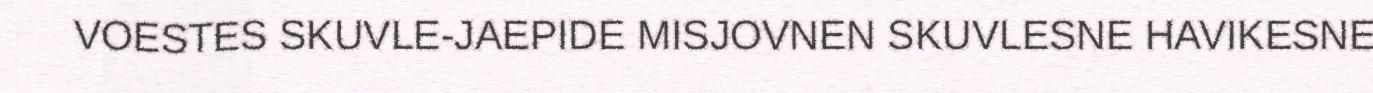
VOESTES SKUVLE-JAEPIDE MISJOVNEN SKUVLESNE HAVIKESNE